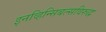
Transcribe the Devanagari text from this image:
इनव्हिन्सिबल्सविरुद्ध